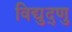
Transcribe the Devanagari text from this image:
विद्युद्णु